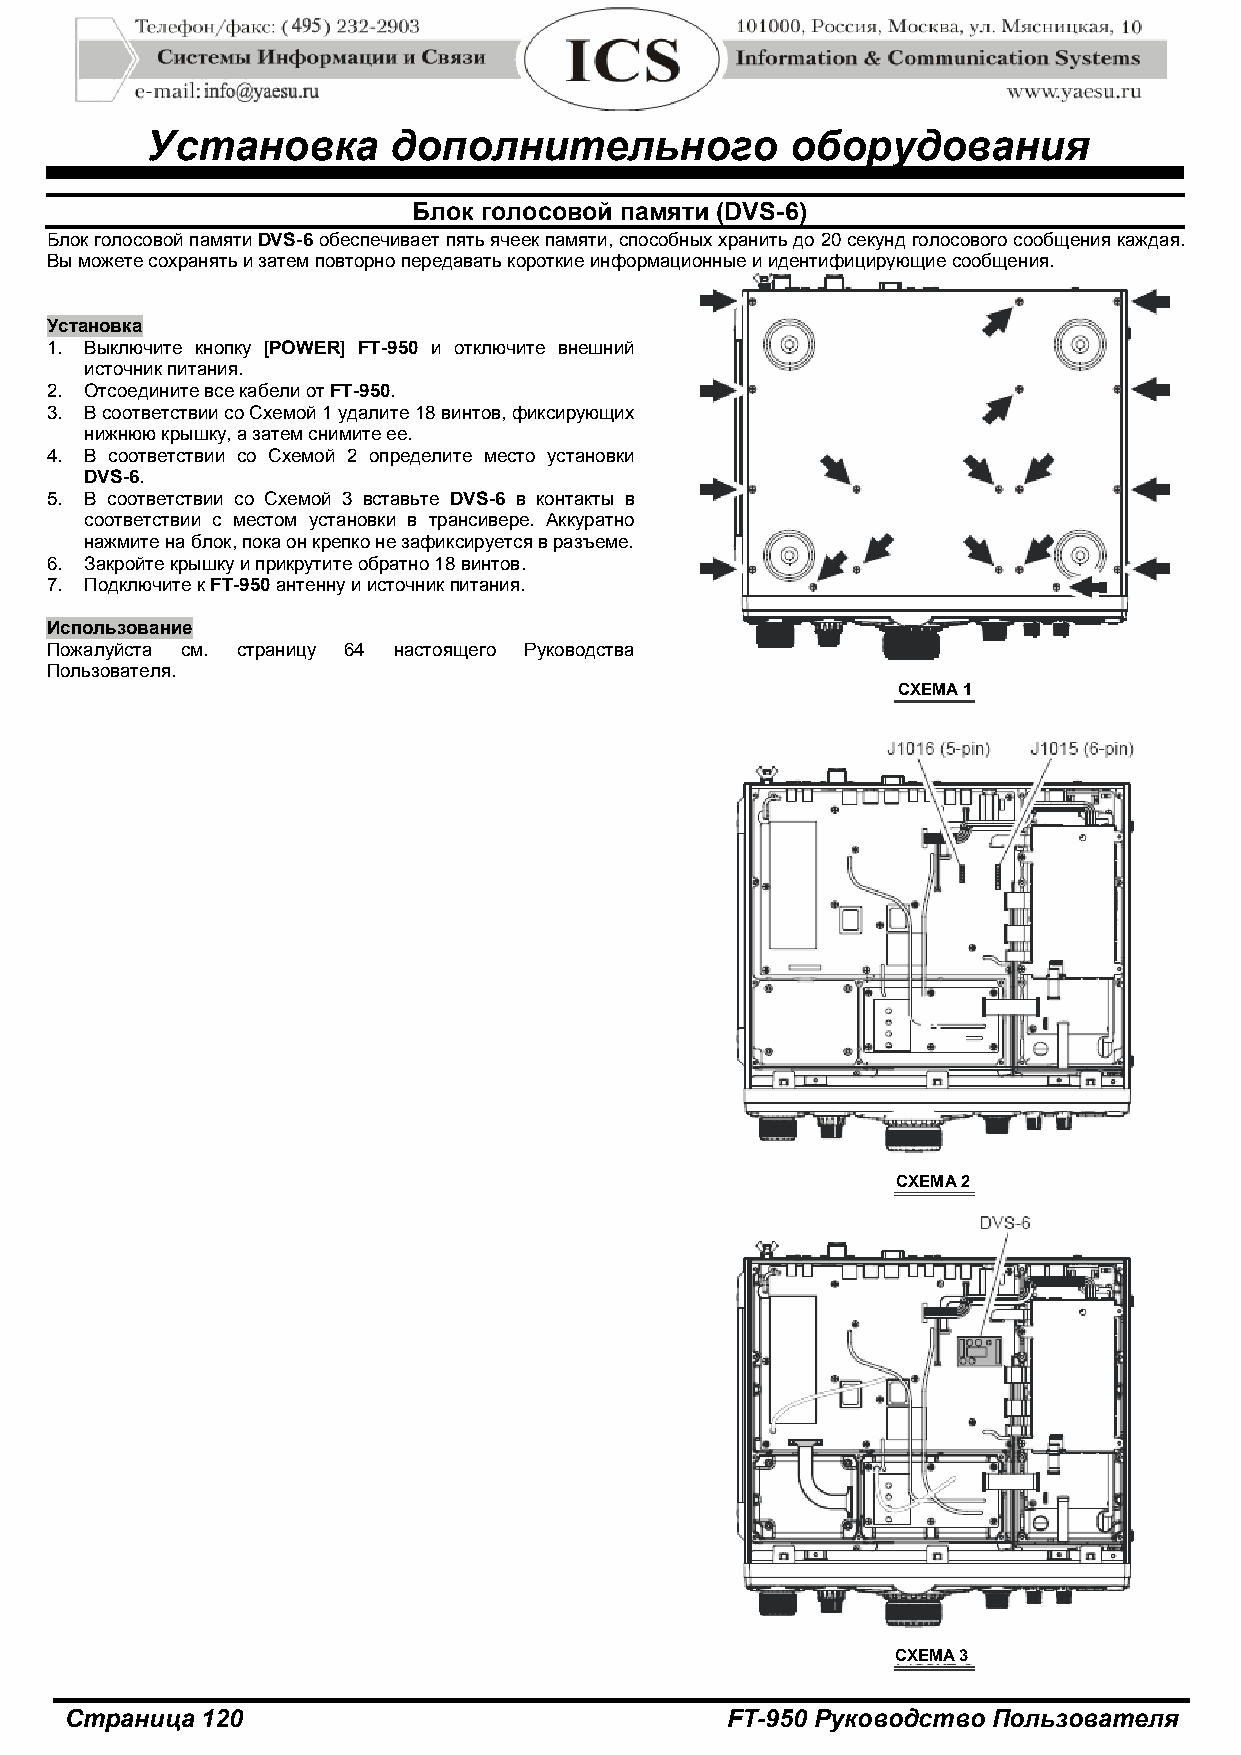
Установка       дополнительного           оборудования
 Блок голосовой памяти (DVS-6)
 Блок голосовой памяти DVS-6 обеспечивает пять ячеек памяти, способных хранить до 20 секунд голосового сообщения каждая.
 Вы можете сохранять и затем повторно передавать короткие информационные и идентифицирующие сообщения.
 Установка
 1. Выключите кнопку [POWER] FT-950 и отключите внешний
 источник питания.
 2. Отсоедините все кабели от FT-950.
 3. В соответствии со Схемой 1 удалите 18 винтов, фиксирующих
 нижнюю крышку, а затем снимите ее.
 4. В соответствии со Схемой 2 определите место установки
 DVS-6.
 5. В соответствии со Схемой 3 вставьте DVS-6 в контакты в
 соответствии с местом установки в трансивере. Аккуратно
 нажмите на блок, пока он крепко не зафиксируется в разъеме.
 6. Закройте крышку и прикрутите обратно 18 винтов.
 7. Подключите к FT-950 антенну и источник питания.
 Использование
 Пожалуйста см. страницу 64 настоящего Руководства
 Пользователя.
 СХЕМА 1
 СХЕМА 2
 СХЕМА 3
 Страница 120                                FT-950 Руководство Пользователя